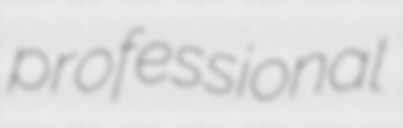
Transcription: professional